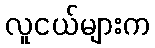
လူငယ်များက